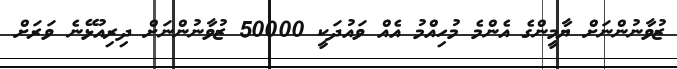
ޒުވާނުންނަށް ޔާމީންގެ އެންމެ މުހިއްމު އެއް ވައުދަކީ 50000 ޒުވާނުންނަށް ދިރިއުޅޭނެ ވަރަށް